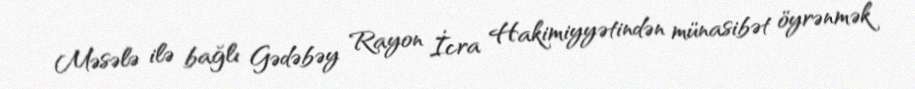
Məsələ ilə bağlı Gədəbəy Rayon İcra Hakimiyyətindən münasibət öyrənmək